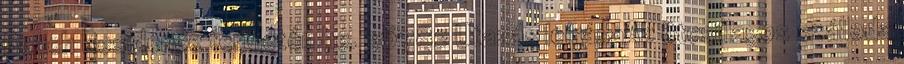
Beach Residence területén he. 36782 Utazás leírásaAz ötcsillagos szálloda